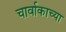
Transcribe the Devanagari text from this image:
चार्वाकाच्या